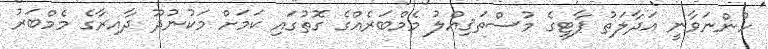
ހުންނަވާނީ އަދާލަތު ޕާޓީގެ މުސްތަޤިއްލު މެމްބަރެއްގެ ގޮތުގައި ކަމަށް މަކުނުދޫ ދާއިރާގެ މެމްބަރު